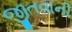
જીતવાની